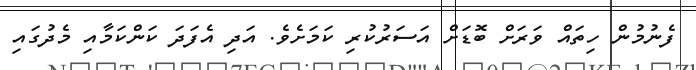
ފެނުމުން ހިތައް ވަރަށް ބޮޑަށް އަސަރުކުރި ކަމަށެވެ. އަދި އެފަދަ ކަންކަމާއި މެދުގައި